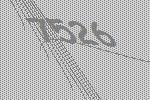
7526